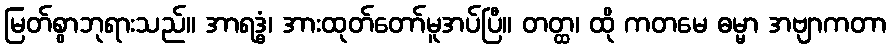
မြတ်စွာဘုရားသည်။ အာရဒ္ဓံ၊ အားထုတ်တော်မူအပ်ပြီ။ တတ္ထ၊ ထို ကတမေ ဓမ္မာ အဗျာကတာ